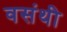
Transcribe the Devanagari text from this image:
वसंथी